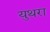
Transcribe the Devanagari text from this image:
युथरा